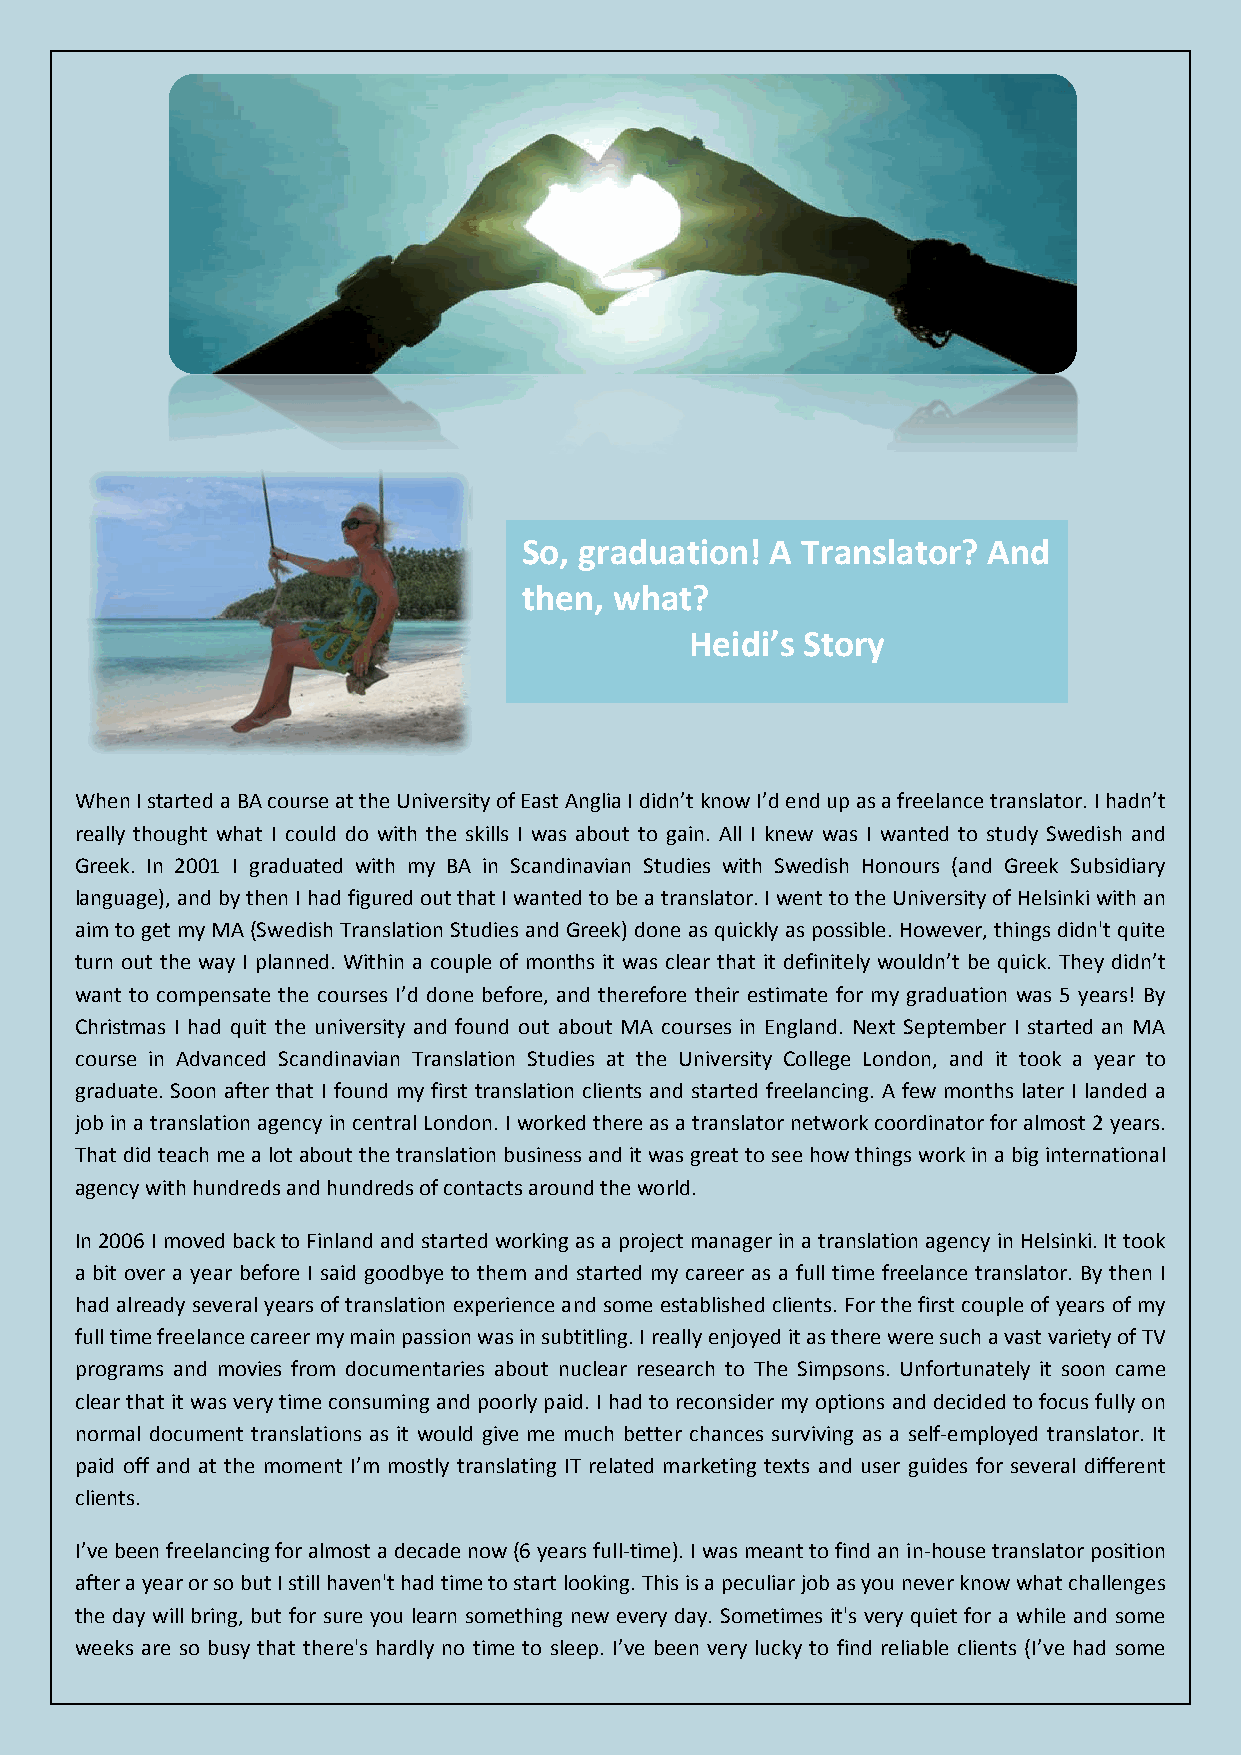
So, graduation! A Translator? And
 then, what?
 Heidi’s Story
 When I started a BA course at the University of East Anglia I didn’t know I’d end up as a freelance translator. I hadn’t
 really thought what I could do with the skills I was about to gain. All I knew was I wanted to study Swedish and
 Greek. In 2001 I graduated with my BA in Scandinavian Studies with Swedish Honours (and Greek Subsidiary
 language), and by then I had figured out that I wanted to be a translator. I went to the University of Helsinki with an
 aim to get my MA (Swedish Translation Studies and Greek) done as quickly as possible. However, things didn't quite
 turn out the way I planned. Within a couple of months it was clear that it definitely wouldn’t be quick. They didn’t
 want to compensate the courses I’d done before, and therefore their estimate for my graduation was 5 years! By
 Christmas I had quit the university and found out about MA courses in England. Next September I started an MA
 course in Advanced Scandinavian Translation Studies at the University College London, and it took a year to
 graduate. Soon after that I found my first translation clients and started freelancing. A few months later I landed a
 job in a translation agency in central London. I worked there as a translator network coordinator for almost 2 years.
 That did teach me a lot about the translation business and it was great to see how things work in a big international
 agency with hundreds and hundreds of contacts around the world.
 In 2006 I moved back to Finland and started working as a project manager in a translation agency in Helsinki. It took
 a bit over a year before I said goodbye to them and started my career as a full time freelance translator. By then I
 had already several years of translation experience and some established clients. For the first couple of years of my
 full time freelance career my main passion was in subtitling. I really enjoyed it as there were such a vast variety of TV
 programs and movies from documentaries about nuclear research to The Simpsons. Unfortunately it soon came
 clear that it was very time consuming and poorly paid. I had to reconsider my options and decided to focus fully on
 normal document translations as it would give me much better chances surviving as a self-employed translator. It
 paid off and at the moment I’m mostly translating IT related marketing texts and user guides for several different
 clients.
 I’ve been freelancing for almost a decade now (6 years full-time). I was meant to find an in-house translator position
 after a year or so but I still haven't had time to start looking. This is a peculiar job as you never know what challenges
 the day will bring, but for sure you learn something new every day. Sometimes it's very quiet for a while and some
 weeks are so busy that there's hardly no time to sleep. I’ve been very lucky to find reliable clients (I’ve had some